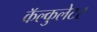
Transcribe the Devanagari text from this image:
कॅल्कुलेटर